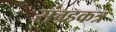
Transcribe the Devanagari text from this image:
संग्र्हकत्र